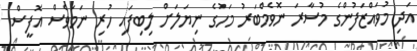
އަދި މުވައްޒަފުންގެ މުސާރަ ނޮވެމްބަރު މަހުގެ ނިޔަލަށް ލިބިފައި ހުރި ނަމަވެސް އޮފީސް